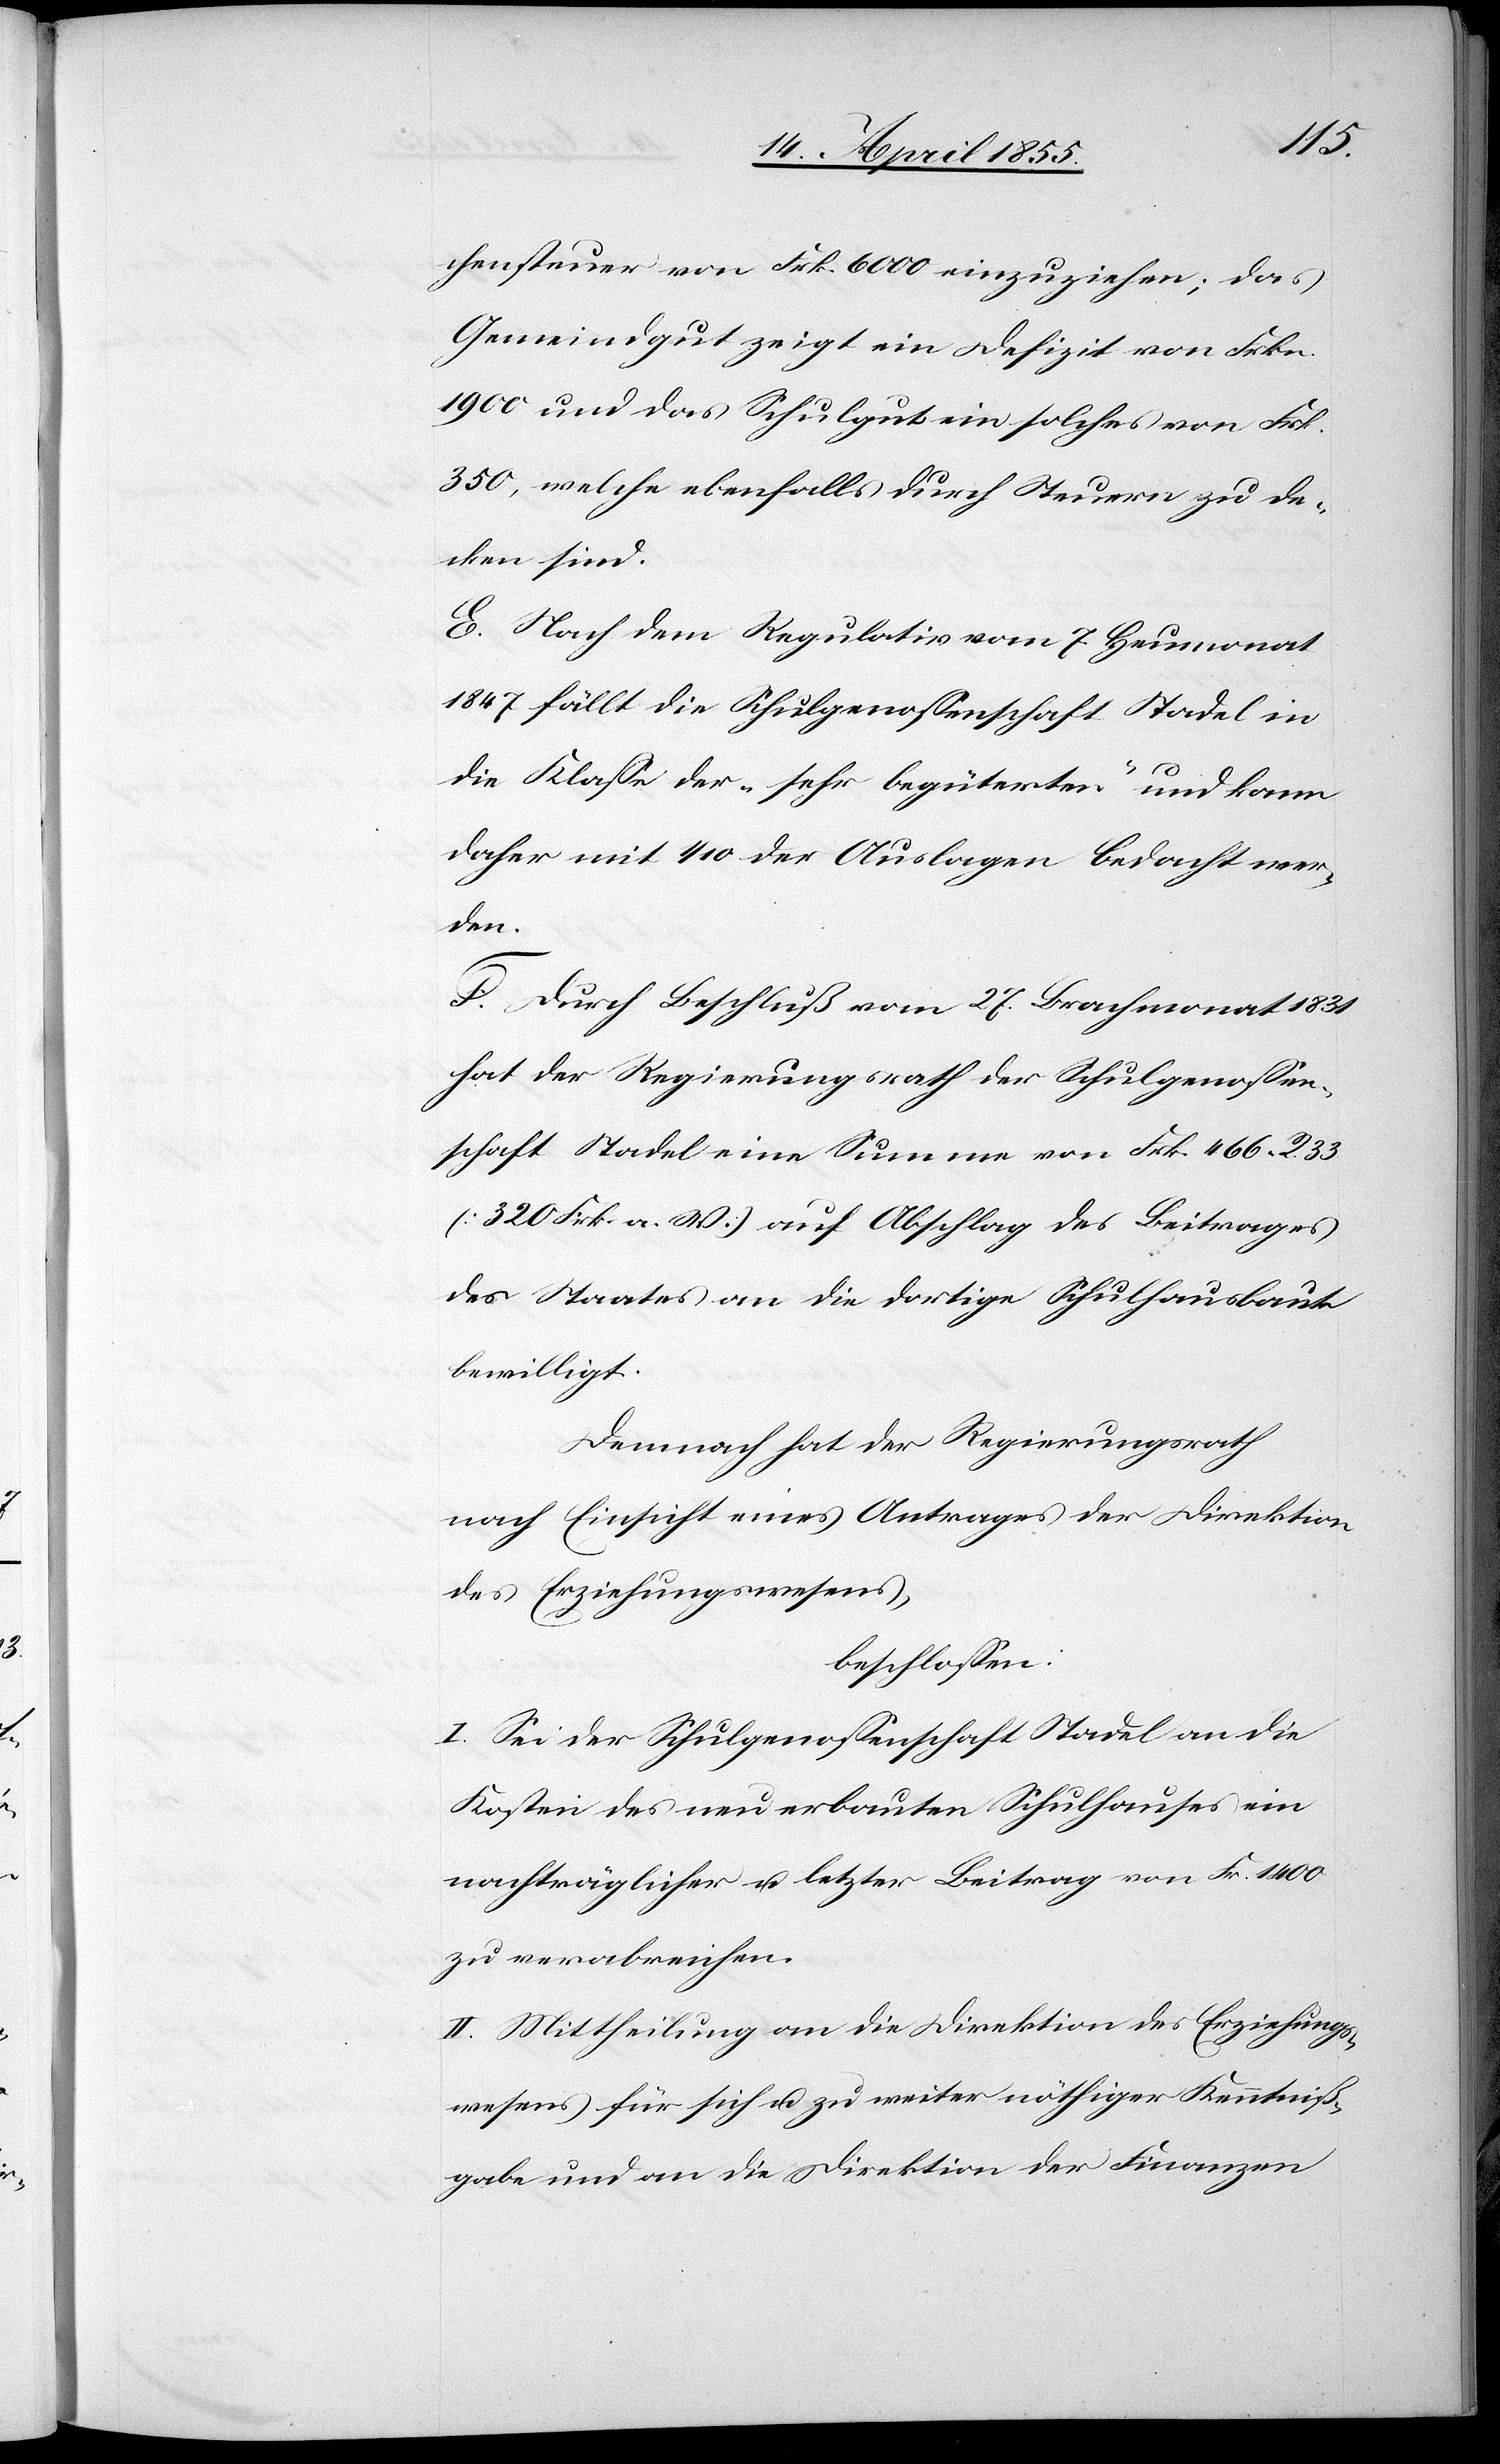
chensteuer von Frk. 6000 einzuziehen; das
Gemeindgut zeigt ein Defizit von Frkn.
1900 und das Schulgut ein solches von Frk.
350, welche ebenfalls durch Steuern zu de¬
cken sind.
E. Nach dem Regulativ vom 7. Heumonat
1847 fällt die Schulgenossenschaft Stadel in
die Klasse der „sehr begüterten“ und kann
daher mit 1/10 der Auslagen bedacht wer¬
den.
F. Durch Beschluß vom 27. Brachmonat 1831
hat der Regierungsrath der Schulgenossen¬
schaft Stadel eine Summe von Frk. 466. R. 33
(320 Frk. a. W.) auf Abschlag des Beitrages
des Staates an die dortige Schulhausbaute
bewilligt.
Demnach hat der Regierungsrath
nach Einsicht eines Antrages der Direktion
des Erziehungswesens,
beschlossen:
I. Sei der Schulgenossenschaft Stadel an die
Kosten des neu erbauten Schulhauses ein
nachträglicher u. letzter Beitrag von Fr. 1400
zu verabreichen.
II. Mittheilung an die Direktion des Erziehungs¬
wesens für sich u. zu weiter nöthiger Kenntniß¬
gabe und an die Direktion der Finanzen